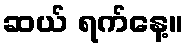
ဆယ် ရက်နေ့။